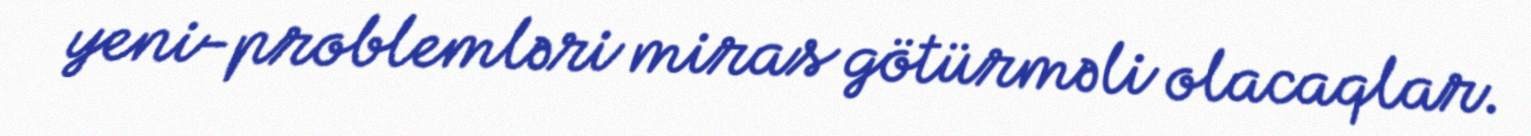
yeni-problemləri miras götürməli olacaqlar.